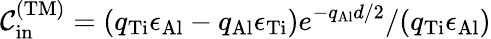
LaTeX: {\cal C}_{\mathrm{in}}^{\mathrm{(TM)}}=(q_{\mathrm{Ti}}\epsilon_{\mathrm{Al}}-q_{\mathrm{Al}}\epsilon_{\mathrm{Ti}})e^{-q_{\mathrm{Al}}d/2}/(q_{\mathrm{Ti}}\epsilon_{\mathrm{Al}})